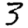
Digit: 3